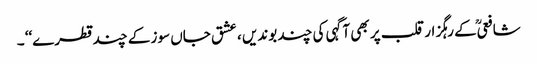
شافعیؒ کے رہگزار قلب پر بھی آگہی کی چند بوندیں ، عشق جاں سوز کے چند قطرے‘‘ ۔